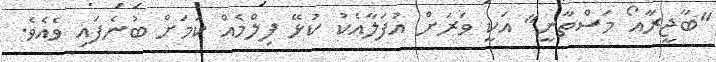
"ބާޖީރާއޯ މަސްތާނީ" އަކީ ވަރަށް އުފަލާއެކު ކުޅޭ ފިލްމެއް ކަމަށް ބުނެފައި ވެއެވެ.